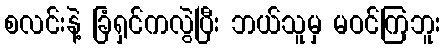
စလင်းနဲ့ ခြံရှင်ကလွဲပြီး ဘယ်သူမှ မဝင်ကြဘူး